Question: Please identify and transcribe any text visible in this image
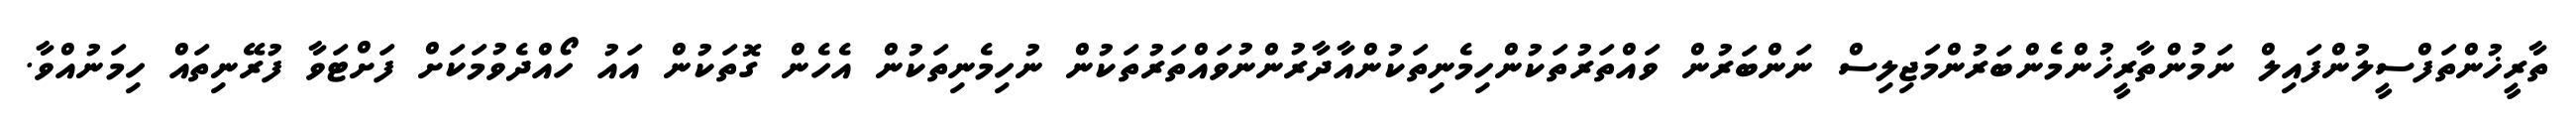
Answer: ތާރީޚުންތަފްސީލުންފައިލް ނަމުންތާރީޚުންމެންބަރުންމަޖިލިސް ނަންބަރުން ވައްތަރުތަކުންހިމެނިތަކުންއާދާރުންނުވައްތަރުތަކުން ނުހިމެނިތަކުން އެހެން ގޮތަކުން އައު ހޯއްދެވުމަކަށް ފަށްޓަވާ ފުރޭނިތައް ހިމަނުއްވާ.